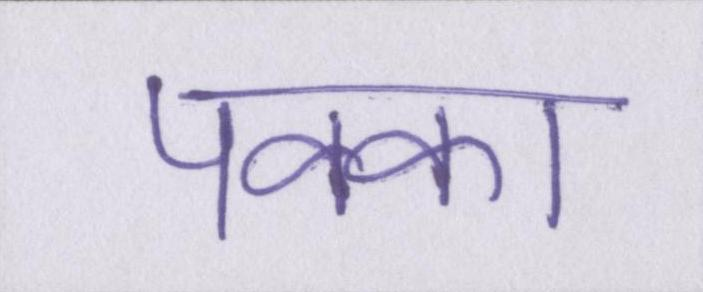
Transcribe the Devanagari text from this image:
पक्का